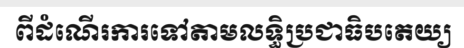
ពីដំណើរការទៅតាមលទ្ធិប្រជាធិបតេយ្យ